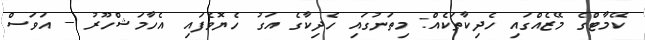
ކޭމާޓްގެ މޭޒެއްގައި ހެދިކާތަކެއް: މިތަނުގައި ހެދިކާގެ އަގު ހެޔޮވެފައި އެހާމަޝްހޫރު -- އަވަސް